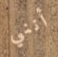
أنني